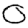
Digit: 0